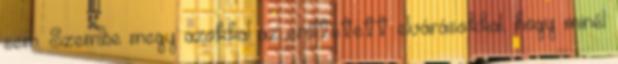
sem. Szembe megy azokkal az erőltetett elvárásokkal, hogy minél